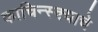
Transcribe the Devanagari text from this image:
काचिन्स्क्याचे